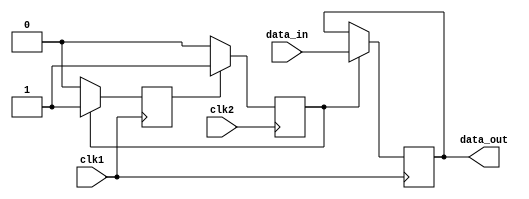
module synchronizer_with_handshaking (
    input clk1,         // clock input for domain 1
    input data_in,      // data input from domain 1
    input clk2,         // clock input for domain 2
    output reg data_out // data output for domain 2
);

reg sync_flag;         // synchronization flag
reg handshaking_flag;  // handshaking flag

// Synchronization logic
always @(posedge clk1) begin
    if (handshaking_flag) begin
        data_out <= data_in;
        sync_flag <= 1;
    end else begin
        sync_flag <= 0;
    end
end

always @(posedge clk2) begin
    if (sync_flag) begin
        handshaking_flag <= 1;
    end else begin
        handshaking_flag <= 0;
    end
end

endmodule